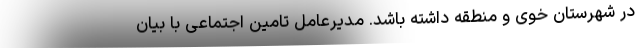
در شهرستان خوی و منطقه داشته باشد. مدیرعامل تامین اجتماعی با بیان